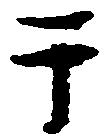
于